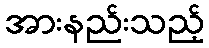
အားနည်းသည့်